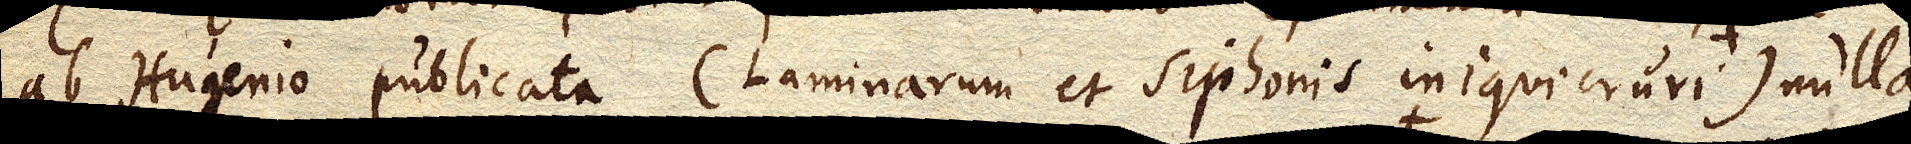
ab Hugenio publicata (laminarum et siphonis iniquicruri ) nulla